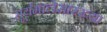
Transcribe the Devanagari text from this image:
सूर्यमालेसारख्या